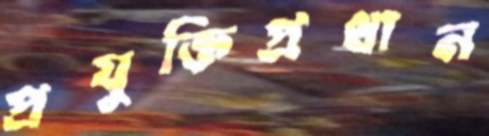
প্রযুক্তিপ্রধান